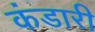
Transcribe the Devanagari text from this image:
कंडारी